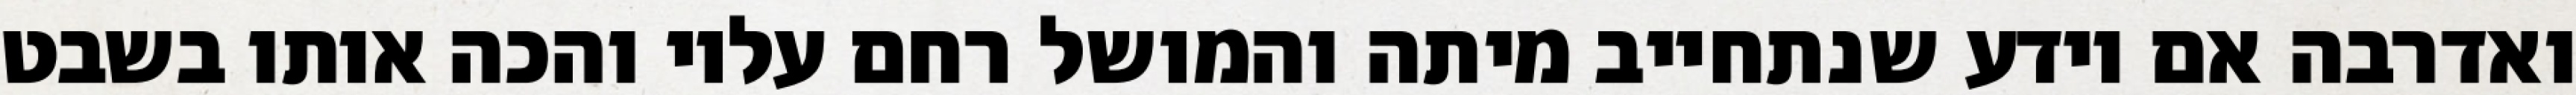
ואדרבה אם יודע שנתחייב מיתה והמושל רחם עליו והכה אותו בשבט